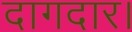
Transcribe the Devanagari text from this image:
दागदार।